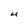
Character: U